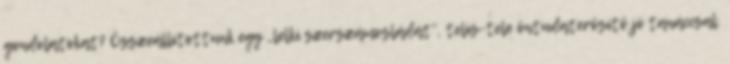
gondolatokat? Összeállítottunk egy „lelki szerszámosládát”, telis-tele öntudaterősítő jó tanáccsal.